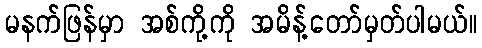
မနက်ဖြန်မှာ အစ်ကို့ကို အမိန့်တော်မှတ်ပါမယ်။